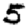
Digit: 5